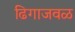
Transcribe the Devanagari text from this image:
ढिगाजवळ